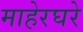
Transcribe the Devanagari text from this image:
माहेरघरे